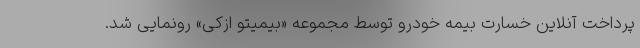
پرداخت آنلاین خسارت بیمه خودرو توسط مجموعه «بیمیتو ازکی» رونمایی شد.